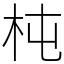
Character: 杶